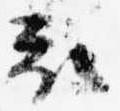
被